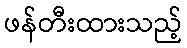
ဖန်တီးထားသည့်